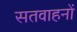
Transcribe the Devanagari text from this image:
सतवाहनों